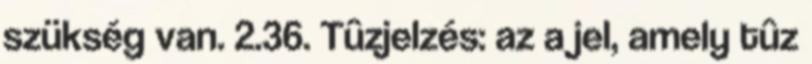
szükség van. 2.36. Tûzjelzés: az a jel, amely tûz